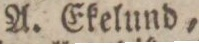
A. Ekelund,